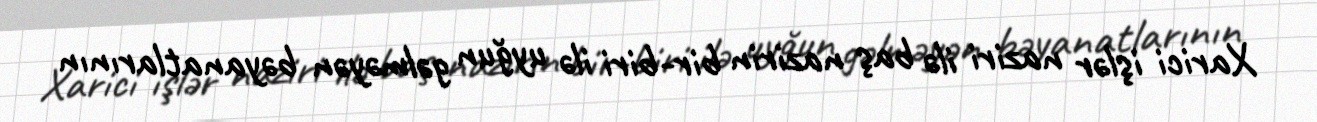
Xarici işlər naziri ilə baş nazirin bir-biri ilə uyğun gəlməyən bəyanatlarının